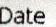
DATE